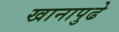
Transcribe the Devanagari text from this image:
खानापुढे